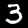
Digit: 3